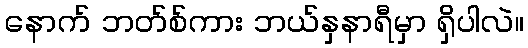
နောက် ဘတ်စ်ကား ဘယ်နှနာရီမှာ ရှိပါလဲ။